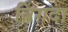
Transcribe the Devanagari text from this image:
बिगदा